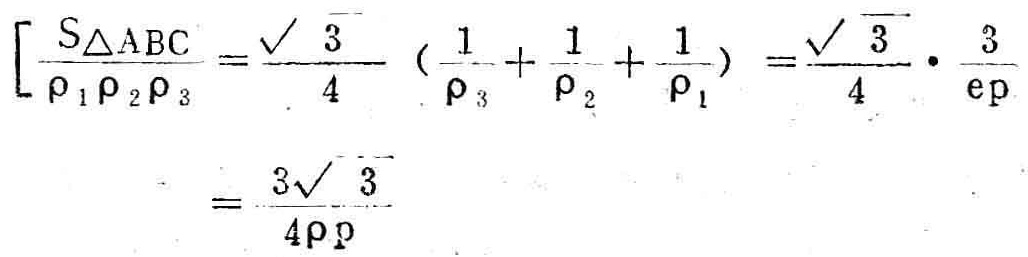
\[

\begin{align*}

\frac{S_{\triangle ABC}}{\rho_{1}\rho_{2}\rho_{3}}&=\frac{\sqrt{3}}{4}\left(\frac{1}{\rho_{3}}+\frac{1}{\rho_{2}}+\frac{1}{\rho_{1}}\right)=\frac{\sqrt{3}}{4}\cdot\frac{3}{e\rho}\\

&=\frac{3\sqrt{3}}{4e\rho}

\end{align*}

\]